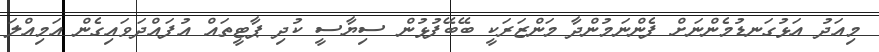
މިއަދު އަޅުގަނޑުމެންނަށް ފެންނަމުންދާ މަންޒަރަކީ ބޭބޭފުޅުން ސިޔާސީ ކުދި ޕާޓީތައް އުފައްދަވައިގެން އަމިއްލަ